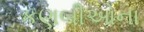
કણબીઓના